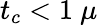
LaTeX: t_{c}<1~\mu